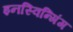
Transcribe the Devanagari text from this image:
इनस्विन्गिंग